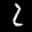
Label: 2